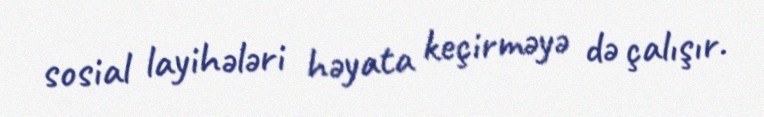
sosial layihələri həyata keçirməyə də çalışır.